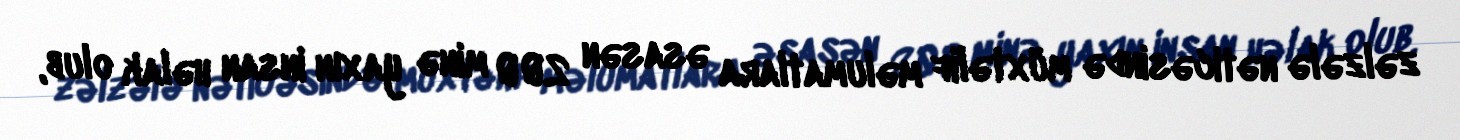
zəlzələ nəticəsində müxtəlif məlumatlara əsasən 200 minə yaxın insan həlak olub,